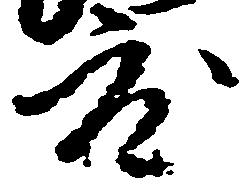
度